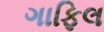
ગાફિલ